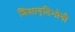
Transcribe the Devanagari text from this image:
शिक्षावृतिभोगी